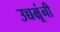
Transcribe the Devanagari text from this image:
उच्चभ्रूंनी